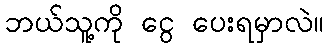
ဘယ်သူ့ကို ငွေ ပေးရမှာလဲ။